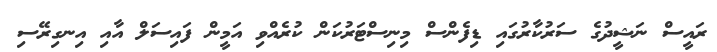
ރައީސް ނަޝީދުގެ ސަރުކާރުގައި ޑިފެންސް މިނިސްޓަރުކަން ކުރެއްވި އަމީން ފައިސަލް އާއި އިނގިރޭސި